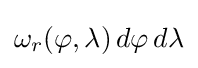
\omega _{r}(\varphi ,\lambda )\,d\varphi \,d\lambda